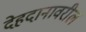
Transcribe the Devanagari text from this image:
देहदानावरील